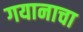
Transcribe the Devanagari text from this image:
गयानाचा